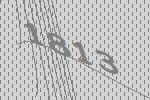
1813